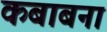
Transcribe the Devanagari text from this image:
कबाबना